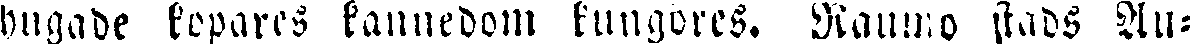
hugade köpares kännedom kungöres. Raumo stads Au-